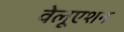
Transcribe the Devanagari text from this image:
वेलूएशन